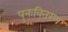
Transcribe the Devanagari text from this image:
पुनःवितरण